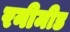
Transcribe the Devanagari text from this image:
रनीमीड